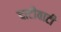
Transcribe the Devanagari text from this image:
दाटीवाटी